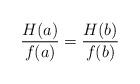
LaTeX: \begin{align*}\frac{H(a)}{f(a)}=\frac{H(b)}{f(b)}\end{align*}